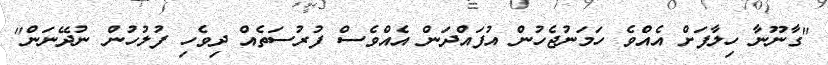
"ގާނޫނާ ހިލާފަށް އެއްވެ ހަމަނުޖެހުން އުފައްދަން އެއްވެސް ފުރުސަތެއް ދިވެހި ފުލުހުން ނުދޭނަން"